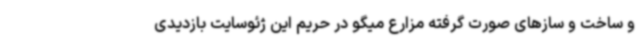
و ساخت و سازهای صورت گرفته مزارع میگو در حریم این ژئوسایت بازدیدی